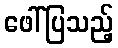
ဖေါ်ပြသည့်